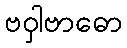
ဗဝှါဗာဓော